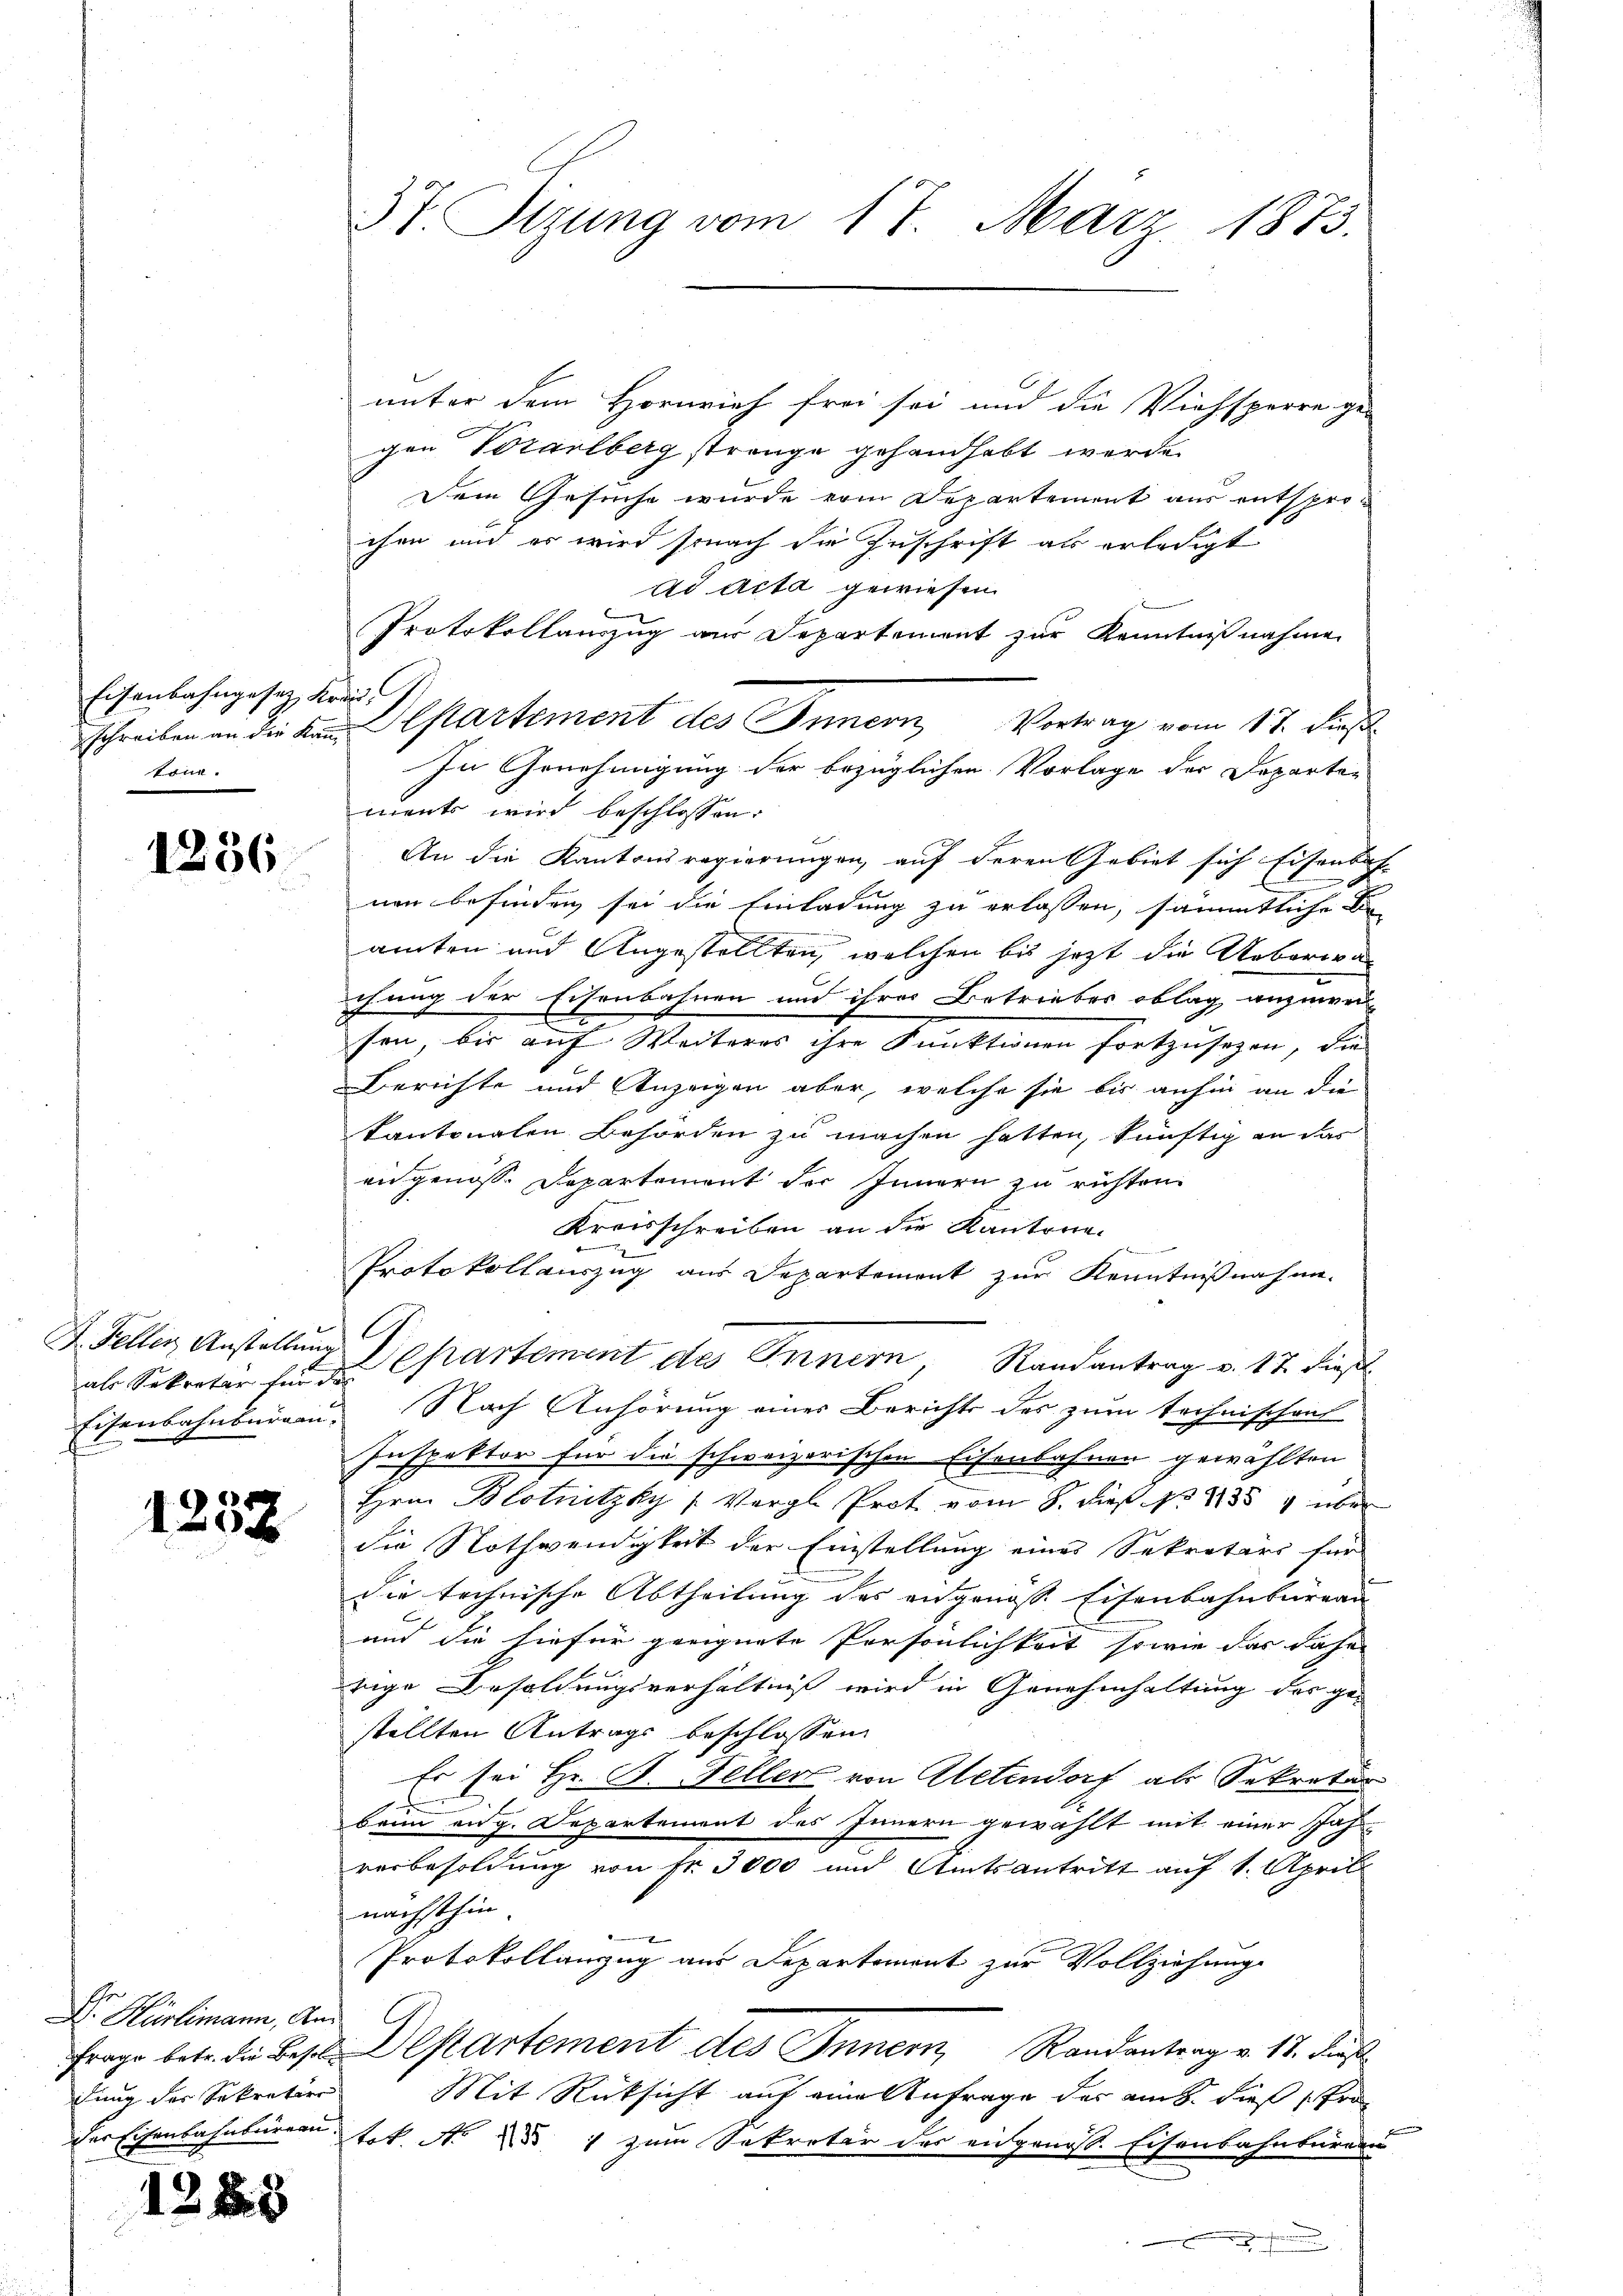
Eisenbahngesetz Kreis
könn.

1236.

F. Feller Anstellung

1252

Dr. Hürlimann, Andung des Sekretier

1288

unter dem Hornvieh frei sei und die Viehsperre ge-
1
e
gen Vorarlberg strenge gehandhabt werde.
Dem Gesuche wurde vom Departement aus entsprochen und er wird sonach die Zuschrift als erledigt
Ad Acta gewiesen.
Protokollauszug aus Departement zur Kenntnißnahme
ments wird beschlossen:
An die Kantonsregierungen, auf deren Gebiet sich Eisenbach- |
s
nen befinden sei die Einladung zu erlassen, sämmtliche Ber
amten und Angestellten, welchen bis jetzt die Ueberwachung der Eisenbahnen und ihrer Betriebes oblag anzuwei
sen, bis auf Weiteres ihre Funktionen fortzusehen, die
Berichte und Anzeigen aber, welche sie bis anhin an die
kantonalen Behörden zu machen hatten, künftig an das
angenosse Departement der Innern zu richten.
Kreisschreiben an die Kantorie¬
Protokollauszug aus Departement zur Kenntnißnahme.
G
als Sekretär für der Cartement des Innern, Randantrag v. 17. dieß
Eisenbahnburgau. Nach Anhörung eines Berichts des zum technischen
Inspektor für die schweizerischen Eisenbahnen gewählten
Hrn. Blotnitzky (Vergl. Prot vom 8. dieß No 1354 über
die Nothwendigkeit der Einstellung eines Sekretärs für
die technische Abtheilung des eidgenösse Eisenbahnbureau
und die hiefür geeignete Persönlichkeit sowie das dahe |
t
rige Besoldungsverhältniß wird in Genehmhaltung des ge-
stellten Antrags beschlossen:
Er sei Hr. B. Feller von Aletendorf als Sekretär
s
brun eng. Departement des Innern gewählt mit einer Jahr-
verbesoldung von Nr. 3000 und Amtsantritt auf 1. April
nächsthin.
Protokollanzug aus Departement zur Vollziehung
frage betr. die Beste Departement des Innern, Randantrag v. 17. dieß
Mit Rücksicht auf eine Anfrage des am h. dieß for
e
der Eisenbahnbureau tot. N. 1 zum Sekretär des eidgenoss. Eisenbahnburge

3t. Sizung vom 17. März 1873.

schreiben an die Kindepartement des Innern, Vortrag vom 17. Dies
In Genehmigung der bezüglichen Vorlage der Departe¬

.